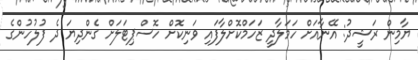
ޔާމިން ރަޝީދު: އޭނާއަށް ހަމަލާދީ ޒަހަމްކޮށްލާފައި ވަނިކޮށް ހޮސްޕިޓަލަށް ގެންދިޔަ ދެ ފުލުހުންގެ